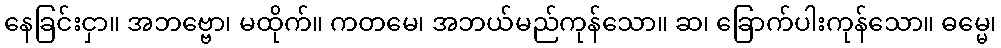
နေခြင်းငှာ။ အဘဗ္ဗော၊ မထိုက်။ ကတမေ၊ အဘယ်မည်ကုန်သော။ ဆ၊ ခြောက်ပါးကုန်သော။ ဓမ္မေ၊